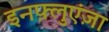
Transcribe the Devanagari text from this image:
इनफ़्लुएंज़ा